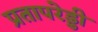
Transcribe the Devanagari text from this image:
प्रतापरेड्डी